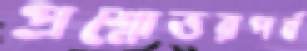
প্রশ্নোত্তরপর্ব